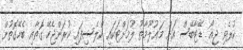
ކުރެވި ޖިއޯ ޑޭޓާބޭސް އަށް މަޢުލޫމާތު ލުމަށްޓަކައި ކްލެސިފައި ކުރަންޖެހޭ ގޮތާއި ބެހޭގޮތުން